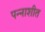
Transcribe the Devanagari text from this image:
पन्‍नाशीत